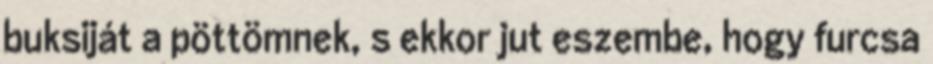
buksiját a pöttömnek, s ekkor jut eszembe, hogy furcsa